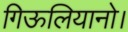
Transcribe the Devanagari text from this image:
गिऊलियानो।